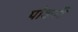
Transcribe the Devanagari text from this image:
पोकरी